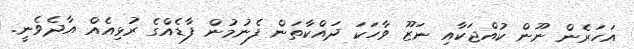
އަހަރެން ނޫން ކުއްޖަކާއި ނަޒޫ ވާހަކަ ދައްކާތަން ފެނުމުން ފާޑެއްގެ ރުޅިއެއް އާދެވެނީ.